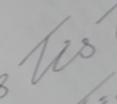
Signature authenticity: genuine